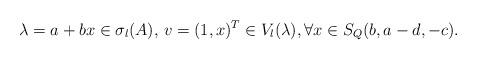
LaTeX: \begin{align*}\lambda=a+bx\in \sigma_l(A),\,v=(1,x)^T\in V_l(\lambda),\forall x\in S_Q(b,a-d,-c).\end{align*}